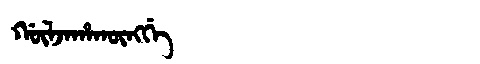
Manchu: ᡤᡡᠯᠵᠠᡥᠠᡴᡡᠩᡤᡝ
Romanization: GŪLJAHAKŪNGGE